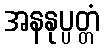
အနနုပ္ပတ္တံ